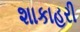
શાકાહરી